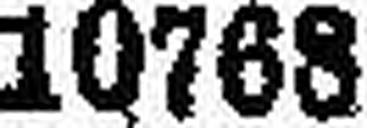
10768